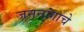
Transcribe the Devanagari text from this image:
जननांगाचे